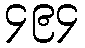
၄၉၄